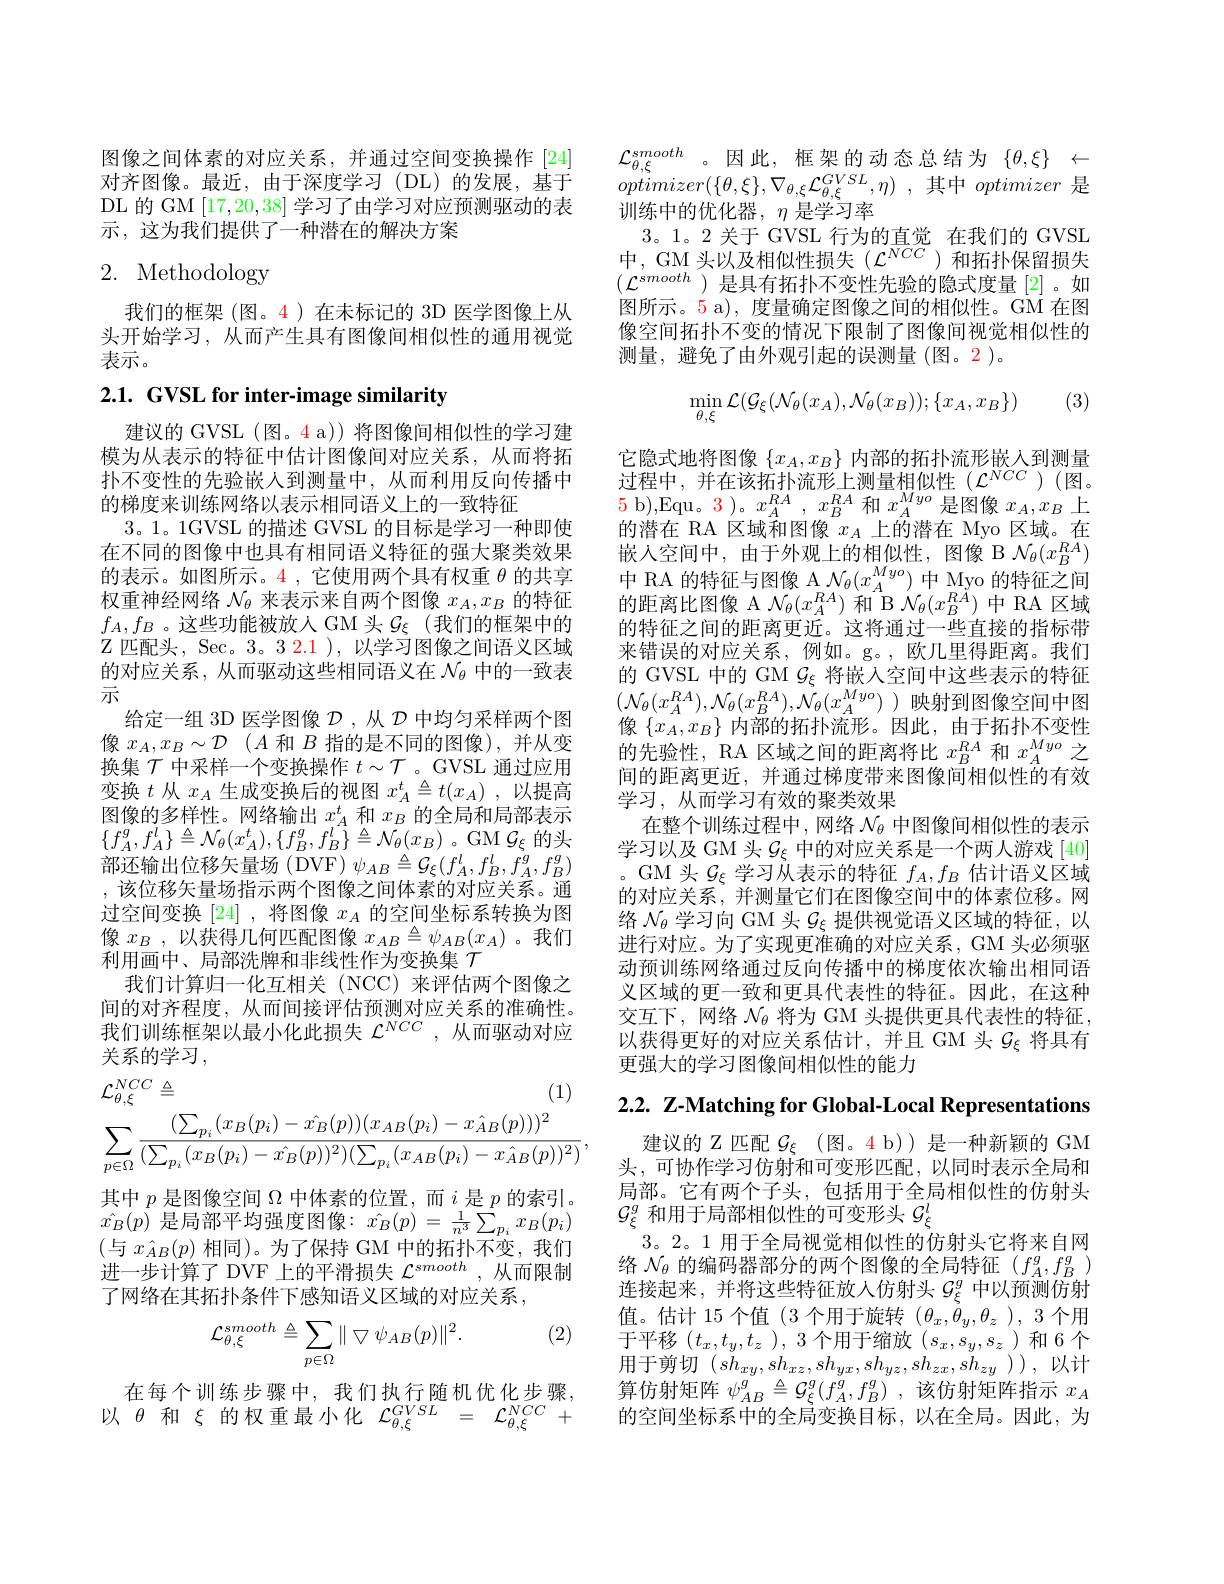
图像之间体素的对应关系，并通过空间变换操作[24] 对齐图像。最近，由于深度学习(DL)的发展，基于DL 的 GM [17,20,38]学习了由学习对应预测驱动的表示，这为我们提供了一种潜在的解决方案

# 2. Methodology

我们的框架 (图。4)在未标记的 3D 医学图像上从头开始学习，从而产生具有图像间相似性的通用视觉表示。

# 2.1. GVSL for inter-image similarity

建议的 GVSL (图。4 a)) 将图像间相似性的学习建模为从表示的特征中估计图像间对应关系，从而将拓扑不变性的先验嵌人到测量中，从而利用反向传播中的梯度来训练网络以表示相同语义上的一致特征
3。1。1GVSL 的描述 GVSL 的目标是学习一种即使在不同的图像中也具有相同语义特征的强大聚类效果的表示。如图所示。4 ,它使用两个具有权重$\theta$的共享权重神经网络$\mathcal{N}_\theta$来表示来自两个图像$x_A,x_B$的特征$f_A,f_B$ 。这些功能被放入 GM 头$\mathcal{G}_\xi$ (我们的框架中的$\mathbb{Z}$匹配头，Sec。3。3.2.1 ), 以学习图像之间语义区域的对应关系，从而驱动这些相同语义在$\mathcal{N}_\theta$中的一致表示
给定一组 3D 医学图像$\mathcal{D}$ ,从$\mathcal{D}$中均匀采样两个图像$x_A, x_B\sim \mathcal{D}$ $( A$和$B$指的是不同的图像),并从变换集$\mathcal{T}$中采样一个变换操作$t\sim\mathcal{T}$ 。GVSL 通过应用变换$t$从$x_A$生成变换后的视图$x_A^t\triangleq t(x_A)$,以提高图像的多样性。网络输出$x_A^t$和$x_B$的全局和局部表示$\{f_{A}^{g},f_{A}^{l}\}\triangleq\mathcal{N}_{\theta}(x_{A}^{t}),\{f_{B}^{g},f_{B}^{l}\}\triangleq\mathcal{N}_{\theta}(x_{B})$。GM $\mathcal{G}_{\xi}$的头部还输出位移矢量场 (DVF) $\psi_{AB}\triangleq\mathcal{G}_{\xi}(f_{A}^{l},f_{B}^{l},f_{A}^{g},f_{B}^{g})$ ,该位移矢量场指示两个图像之间体素的对应关系。通过空间变换[24] ,将图像$x_A$的空间坐标系转换为图像$x_B$,以获得几何匹配图像$x_AB\triangleq\psi_{AB}(x_A)$ 。我们利用画中、局部洗牌和非线性作为变换集$\mathcal{T}$
我们计算归一化互相关(NCC)来评估两个图像之间的对齐程度，从而间接评估预测对应关系的准确性。我们训练框架以最小化此损失$\mathcal{L}^{NCC}$ ,从而驱动对应关系的学习，
$$\begin{aligned}&\mathcal{L}_{\theta,\xi}^{NCC}\triangleq&\text{(1)}\\&\sum_{p\in\Omega}\frac{(\sum_{p_{i}}(x_{B}(p_{i})-\hat{x_{B}}(p))(x_{AB}(p_{i})-\hat{x_{AB}}(p)))^{2}}{(\sum_{p_{i}}(x_{B}(p_{i})-\hat{x_{B}}(p))^{2})(\sum_{p_{i}}(x_{AB}(p_{i})-\hat{x_{AB}}(p))^{2})}\:,\end{aligned}$$
其中$p$是图像空间$\Omega$中体素的位置，而$i$是$p$的索引。$\hat{x_B}(p)$是局部平均强度图像：$\hat{x_B}(p)=\frac1{n^3}\sum_{p_i}x_B(p_i)$ (与 $x_{\hat{A}B}(p)$ 相同)。为了保持 GM 中的拓扑不变，我们进一步计算了 DVF 上的平滑损失$\mathcal{L}^smooth$,从而限制了网络在其拓扑条件下感知语义区域的对应关系，

(2)
$$\mathcal{L}_{\theta,\xi}^{smooth}\triangleq\sum_{p\in\Omega}\|\bigtriangledown\psi_{AB}(p)\|^{2}.$$
在每个训练步骤中，我们执行随机优化步骤， 以$\theta$和$\xi$的权重最小化$\mathcal{L}_\theta,\xi^GVSL=\mathcal{L}_{\theta,\xi}^{NCC}+$

$\mathcal{L} _{\theta , \xi }^{smooth}$ 。因此，框架的动态总结为 $\{ \theta , \xi \}$ $\leftarrow$ $optimizer( \{ \theta , \xi \} , \nabla _{\theta , \xi }\mathcal{L} _{\theta , \xi }^{GVSL}, \eta )$ ,其中optimizer 是训练中的优化器，$\eta$是学习率
3。1。2 关于 GVSL 行为的直觉 在我们的 GVSL 中，GM 头以及相似性损失($\mathcal{L}^NCC$)和拓扑保留损失$(\mathcal{L}^{smooth}$)是具有拓扑不变性先验的隐式度量[2]。如图所示。5 a), 度量确定图像之间的相似性。GM 在图像空间拓扑不变的情况下限制了图像间视觉相似性的测量，避免了由外观引起的误测量(图。2)。
$$\min_{\theta,\xi}\mathcal{L}(\mathcal{G}_{\xi}(\mathcal{N}_{\theta}(x_{A}),\mathcal{N}_{\theta}(x_{B}));\{x_{A},x_{B}\})$$
(3)

它隐式地将图像$\{x_A,x_B\}$内部的拓扑流形嵌入到测量过程中，并在该拓扑流形上测量相似性($\mathcal{L}^NCC$)(图。5 b),Equ。3 )。$x_A^{RA},x_B^{RA}$和$x_A^{Myo}$是图像$x_A,x_B$上的潜在 RA 区域和图像$x_A$上的潜在 Myo 区域。在嵌入空间中，由于外观上的相似性，图像 B $\mathcal{N}_\theta(x_B^{RA})$ 中 RA 的特征与图像 A $\mathcal{N}_\theta(x_A^{Myo})$中 Myo 的特征之间的距离比图像 A $\mathcal{N}_\theta(x_A^{RA})$和 B $\mathcal{N}_\theta(x_B^{R\tilde{A}})$中 RA 区域的特征之间的距离更近。这将通过一些直接的指标带来错误的对应关系，例如。g。,欧几里得距离。我们的 GVSL 中的 GM $\mathcal{G}_\xi$将嵌入空间中这些表示的特征$(\mathcal{N}_{\theta}(x_{A}^{RA}),\mathcal{N}_{\theta}(x_{B}^{RA}),\mathcal{N}_{\theta}(x_{A}^{Myo})$)映射到图像空间中医像$\{x_A,x_B\}$内部的拓扑流形。因此，由于拓扑不变性的先验性，RA 区域之间的距离将比$x_B^{RA}$和$x_A^{Myo}$之间的距离更近，并通过梯度带来图像间相似性的有效学习，从而学习有效的聚类效果
在整个训练过程中，网络$\mathcal{N}_\theta$中图像间相似性的表示学习以及 GM 头$\mathcal{G}_\xi$中的对应关系是一个两人游戏 [40] 。GM 头$\mathcal{G}_\xi$学习从表示的特征$f_A,f_B$估计语义区域的对应关系，并测量它们在图像空间中的体素位移。网络$\mathcal{N}_\theta$学习向 GM 头$\mathcal{G}_\xi$提供视觉语义区域的特征，以进行对应。为了实现更准确的对应关系，GM 头必须驱动预训练网络通过反向传播中的梯度依次输出相同语义区域的更一致和更具代表性的特征。因此，在这种交互下，网络$\mathcal{N}_\mathrm{\theta}$将为 GM 头提供更具代表性的特征， 以获得更好的对应关系估计，并且 GM 头$\mathcal{G}_\xi$将具有更强大的学习图像间相似性的能力

2.2. Z-Matching for Global-Local Representations

建议的 Z 匹配$\mathcal{G}_\xi$ (图。4 b))是一种新颖的 GM 头，可协作学习仿射和可变形匹配，以同时表示全局和局部。它有两个子头，包括用于全局相似性的仿射头$\mathcal{G}_\xi^g$和用于局部相似性的可变形头$\overline{G}_\xi^l$
3。2。1 用于全局视觉相似性的仿射头它将来自网络$\mathcal{N}_\theta$的编码器部分的两个图像的全局特征$(f_A^g,f_B^g)$ 连接起来，并将这些特征放人仿射头$\mathcal{G}_\xi^g$中以预测仿射值。估计 15 个值(3 个用于旋转$(\theta_x,\dot{\theta}_y,\theta_z)$, 3 个用于平移$(t_x,t_y,t_z$ ), 3 个用于缩放$(s_x,s_y,s_z$ )和6 个用于剪切$(sh_{xy},sh_{xz},sh_{yx},sh_{yz},sh_{zx},sh_{zy}))$,以计算仿射矩阵$\psi _AB^g\triangleq \mathcal{G} _\xi ^g( f_A^g, f_B^g)$ ,该仿射矩阵指示$x_A$ 的空间坐标系中的全局变换目标，以在全局。因此，为